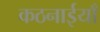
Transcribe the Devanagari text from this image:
कठनाईयाँ